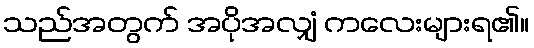
သည်အတွက် အပိုအလျှံ ကလေးများရ၏။